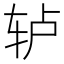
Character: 轳